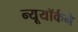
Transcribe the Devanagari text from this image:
न्यूयॉर्कने